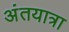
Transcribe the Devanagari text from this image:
अंतयात्रा